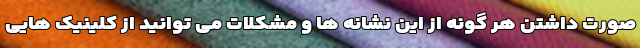
صورت داشتن هر گونه از این نشانه ها و مشکلات می توانید از کلینیک هایی